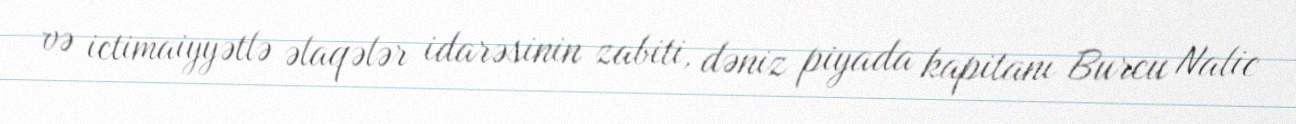
və ictimaiyyətlə əlaqələr idarəsinin zabiti, dəniz piyada kapitanı Burcu Nalic